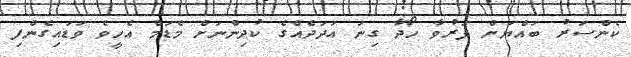
ކެންސަރު ބައްޔަށް ފަރުވާ ހޯދާ ގިނަ އަދަދެއްގެ ކުދިންނަށް މެޑަމް އެހީވެ ވަޑައިގެންފި